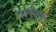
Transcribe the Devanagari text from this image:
व्रतीक